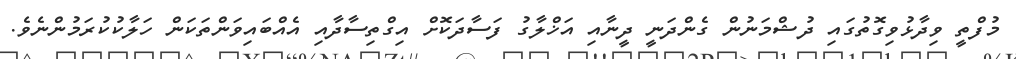
މުފްތީ ވިދާޅުވިގޮތުގައި ދުޝްމަނުން ގެންދަނީ ދީނާއި އަޚްލާގު ފަސާދަކޮށް އިގްތިސާދާއި އެއްބައިވަންތަކަން ހަލާކުކުރަމުންނެވެ.